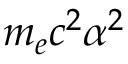
m _ { e } c ^ { 2 } \alpha ^ { 2 }